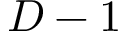
D - 1